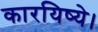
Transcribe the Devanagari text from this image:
कारयिष्ये।